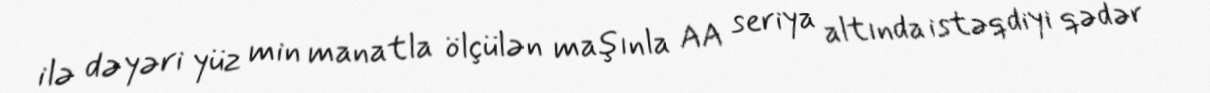
ilə dəyəri yüz min manatla ölçülən maşınla AA seriya altında istəqdiyi qədər